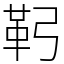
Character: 䩑